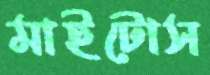
মাইটোস